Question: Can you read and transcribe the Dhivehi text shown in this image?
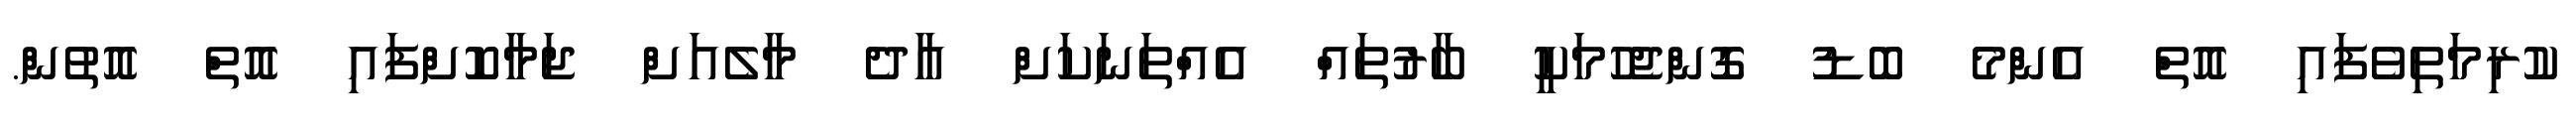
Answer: ކުރިމަތިވެފައި އޮތް އެންމެ ބޮޑު ގޮންޖެހުމަކީ ބާރުތައް އެއްތަނަކަށް އާދެ މާލެއަށް ޖަމާކޮށްފައި އޮތް އޮތުން.